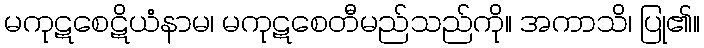
မကုဋစေဋိယံနာမ၊ မကုဋစေတီမည်သည်ကို။ အကာသိ၊ ပြု၏။